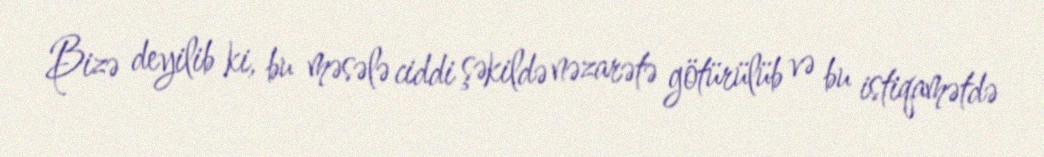
Bizə deyilib ki, bu məsələ ciddi şəkildə nəzarətə götürülüb və bu istiqamətdə